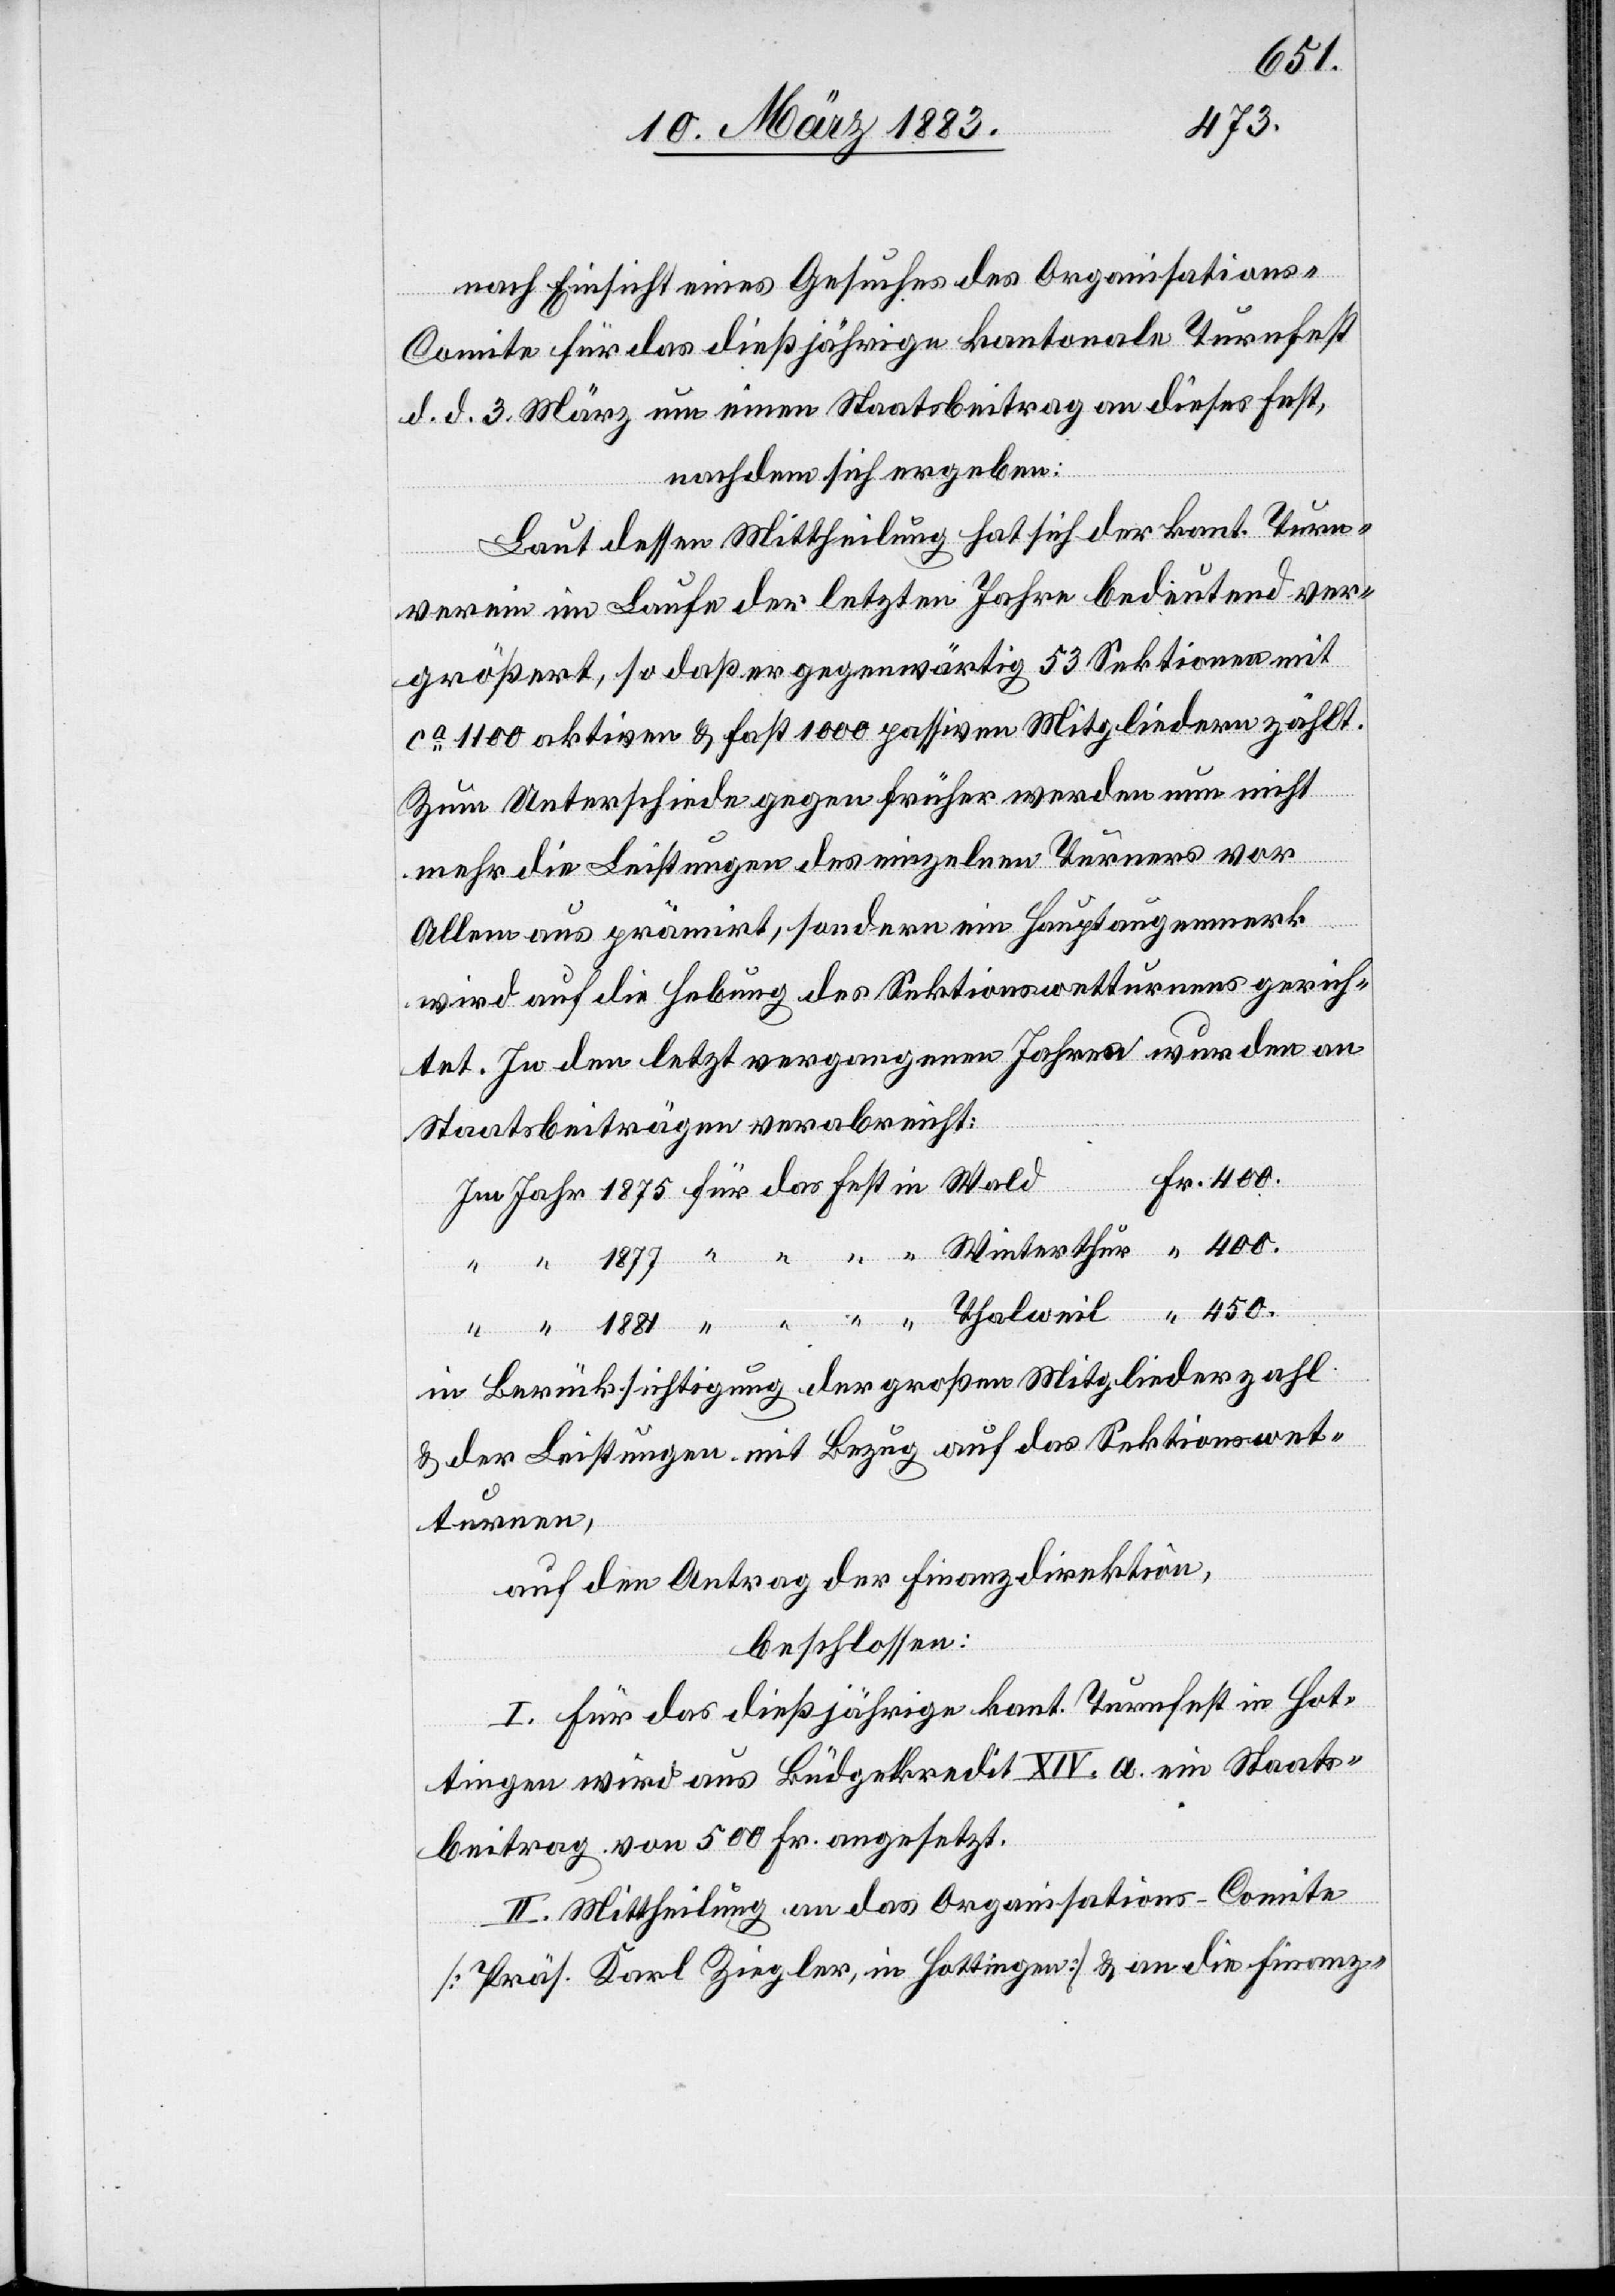
1883
Fr. 3965.
Fr.